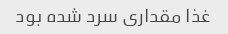
غذا مقداری سرد شده بود